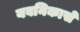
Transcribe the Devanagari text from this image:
यवनिकासे